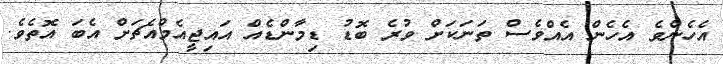
އެހެންވެ އެހެން އެއްވެސް ތަނަކަށް ވުރެ ބޮޑު ޑިމާންޑެއް އައިޖީއެމްއެޗަށް އެބަ އޮތެވެ.